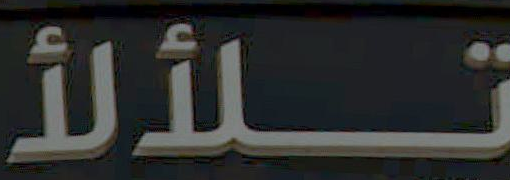
تلألأ